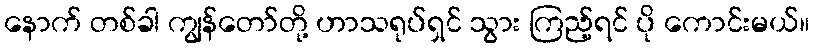
နောက် တစ်ခါ ကျွန်တော်တို့ ဟာသရုပ်ရှင် သွား ကြည့်ရင် ပို ကောင်းမယ်။